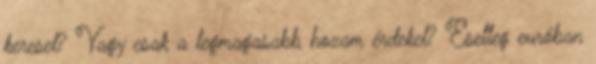
keresel? Vagy csak a legmagasabb hozam érdekel? Esetleg euróban